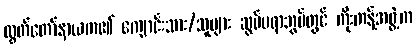
လွှတ်တော်နာယက၏ ကျောင်းသား/သူများ ဆွမ်ပရာဘွမ်တွင် ကိုးကန့်အဖွဲ့က